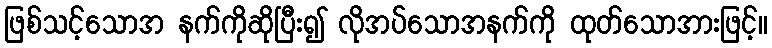
ဖြစ်သင့်သောအ နက်ကိုဆိုပြီး၍ လိုအပ်သောအနက်ကို ထုတ်သောအားဖြင့်။